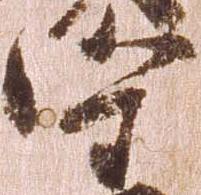
守